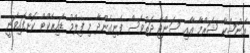
އަނުޝްކާ ޝަރްމާ އާއި ސަންޖޭ ދަތުވެސް ފެނިގެންދާ މި ފިލްމު ޑައިރެކްޓް ކޮށްފައިވަނީ